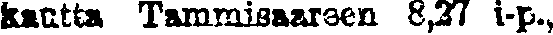
kautta Tammisaareen 8,27 i-p.,